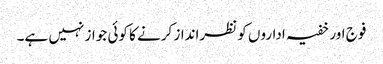
فوج اور خفیہ اداروں کو نظرانداز کرنے کا کوئی جواز نہیں ہے۔